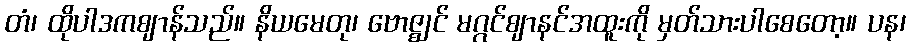
တံ၊ ထိုပါဒကဈာန်သည်။ နိယမေတု၊ ဗောဇ္ဈင် မဂ္ဂင်ဈာနင်အထူးကို မှတ်သားပါစေတော့။ ပန၊